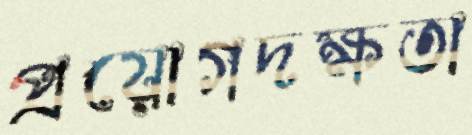
প্রয়োগদক্ষতা